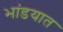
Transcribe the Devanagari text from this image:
भांडयात